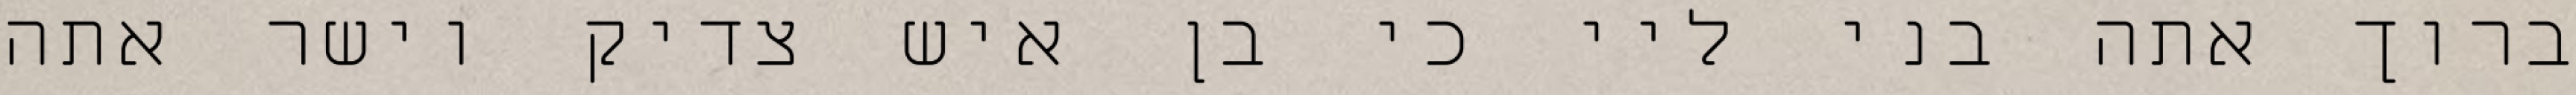
ברוך אתה בני ליי כי בן איש צדיק וישר אתה